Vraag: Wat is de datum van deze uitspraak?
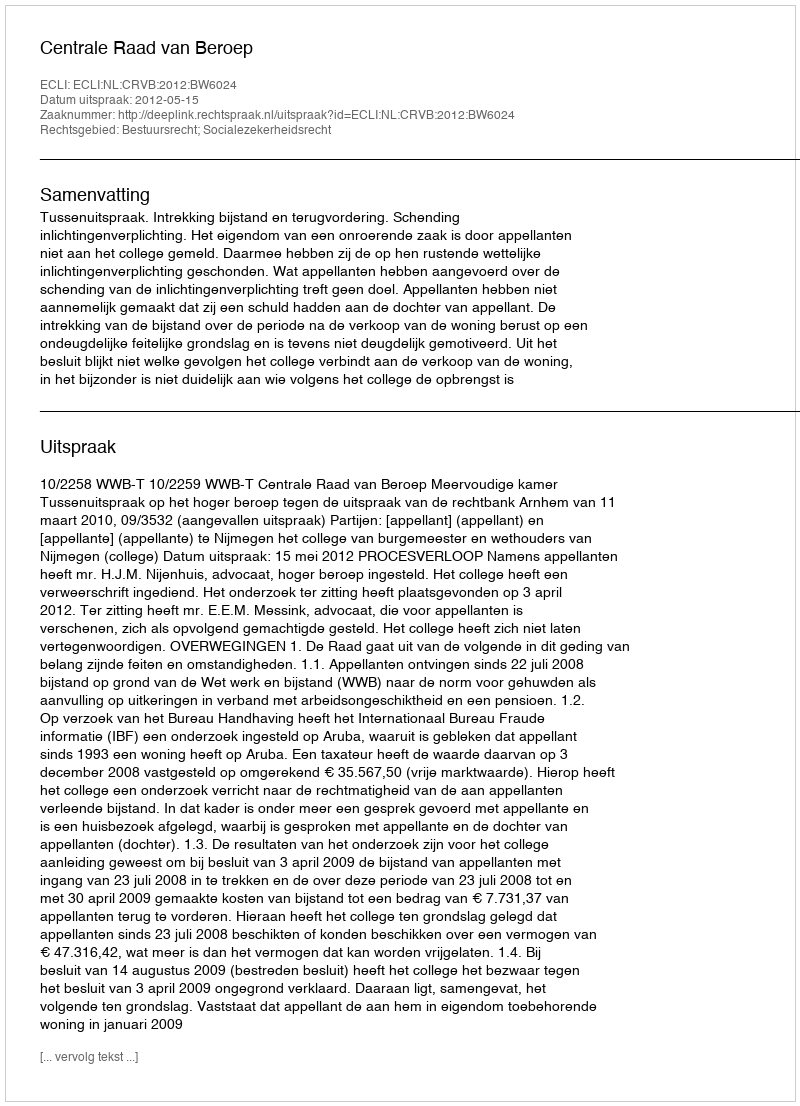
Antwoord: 2012-05-15